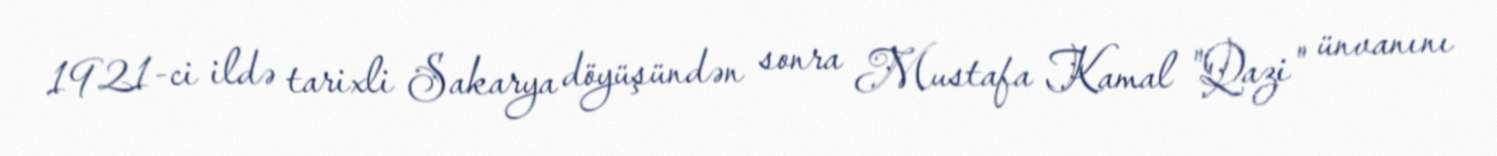
1921-ci ildə tarixli Sakarya döyüşündən sonra Mustafa Kamal "Qazi" ünvanını